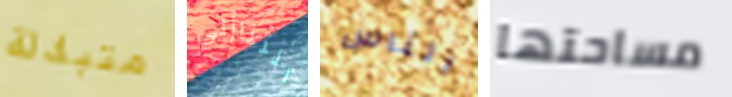
متبادلة التنازلي الناس مساحتها